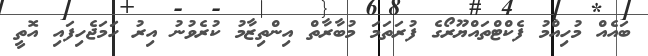
ބައެއް މުހިއްމު ފެކްޓްތައްޔޫރޯގެ ފުރަތަމަ މުބާރާތް އިންތިޒާމު ކުރެވުނު އިރު ހަމަޖެހިފައި އޮތީ